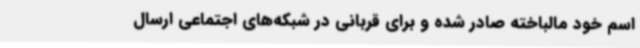
اسم خود مالباخته صادر شده و برای قربانی در شبکه‌های اجتماعی ارسال